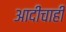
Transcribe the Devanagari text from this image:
आदींचाही